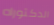
الدكتوراه